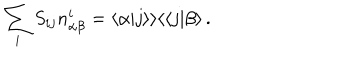
LaTeX: \sum _ { i } S _ { i j } n _ { \alpha \beta } ^ { i } = \langle \alpha | j \rangle \rangle \langle \langle j | \beta \rangle \, .